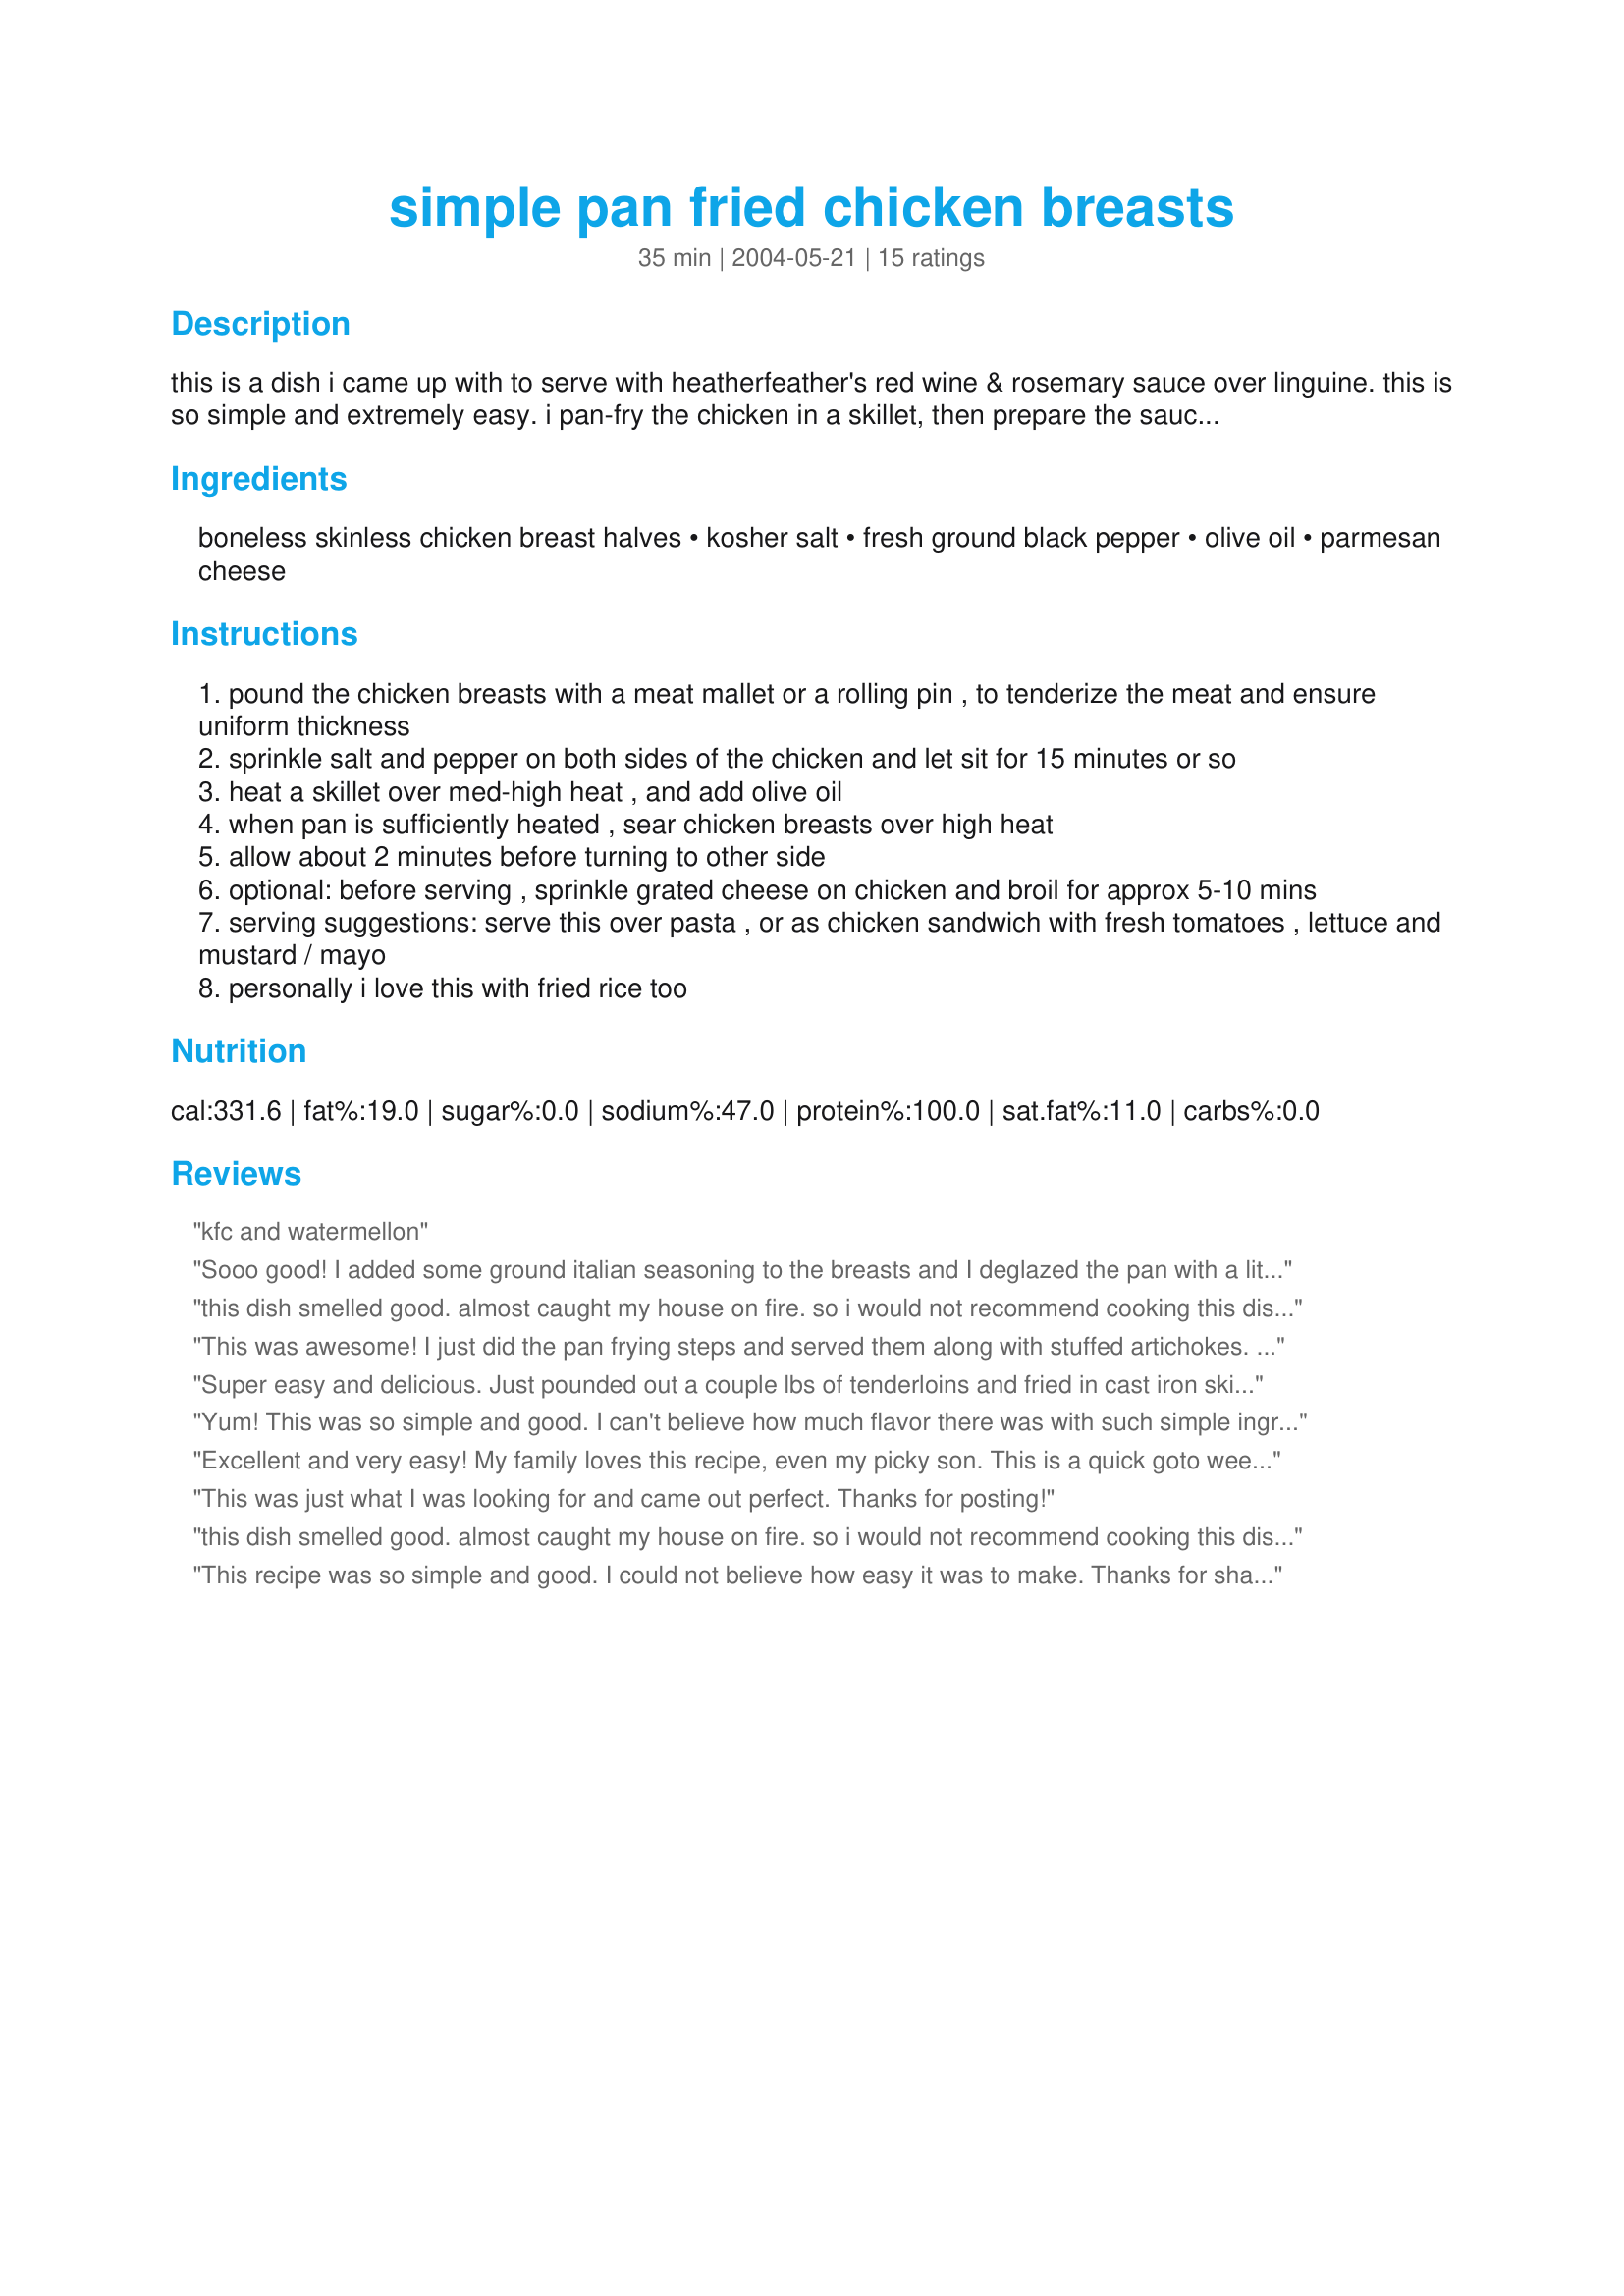
simple pan fried chicken breasts
Preparation time: 35 minutes

this is a dish i came up with to serve with heatherfeather's red wine & rosemary sauce over linguine. this is so simple and extremely easy. i pan-fry the chicken in a skillet, then prepare the sauce in the same skillet. you might get some blackened 'stuff' in the pasta sauce - i strain it first before serving.

Ingredients:
boneless skinless chicken breast halves, kosher salt, fresh ground black pepper, olive oil, parmesan cheese

Steps:
pound the chicken breasts with a meat mallet or a rolling pin , to tenderize the meat and ensure uniform thickness
sprinkle salt and pepper on both sides of the chicken and let sit for 15 minutes or so
heat a skillet over med-high heat , and add olive oil
when pan is sufficiently heated , sear chicken breasts over high heat
allow about 2 minutes before turning to other side
optional: before serving , sprinkle grated cheese on chicken and broil for approx 5-10 mins
serving suggestions: serve this over pasta , or as chicken sandwich with fresh tomatoes , lettuce and mustard / mayo
personally i love this with fried rice too

Reviews:
kfc and watermellon
Sooo good! I added some ground italian seasoning to the breasts and I deglazed the pan with a little water, garlic, and dijon mustard which made the perfect sauce for the chicken and broccoli I served along side with a nice helping of mashed potatoes! A very delicious dinner that I will definitely make again! Thank you:)
this dish smelled good. almost caught my house on fire. so i would not recommend cooking this dish unless you would want your house to be burned down to flames????????????
This was awesome! I just did the pan frying steps and served them along with stuffed artichokes. I love things that are so easy yet taste so good! Thanks!
Super easy and delicious. Just pounded out a couple lbs of tenderloins and fried in cast iron skittle. Then sprinkled some Parmesan cheese on top and placed entire pan under broiler for five minutes. Served w bake asparagus and quinoa. Yum. I lied to my girlfriend and told her the recipe was super complicated to earn some extra brownie points :-/
Yum! This was so simple and good. I can't believe how much flavor there was with such simple ingredients. Thanks WaterMelon for a nice keeper. Made for Zaar Chef Alphabet Soup Tag.
Excellent and very easy! My family loves this recipe, even my picky son. This is a quick goto weeknight recipe
This was just what I was looking for and came out perfect. Thanks for posting!
this dish smelled good. almost caught my house on fire. so i would not recommend cooking this dish unless you would want your house to be burned down to flames????????????
This recipe was so simple and good. I could not believe how easy it was to make. Thanks for sharing!
5 stars because it is so simple and tasty! Served with Roasted Ratatouille (#75508) and went very well together!
This is one of our very favorite ways to enjoy chicken breasts. After I remove the breasts from the pan I throw about 1/4 - 1/3 cup of water in the hot pan (sometimes I use stock if I have some open) and deglaze and reduce. I don't even bother to strain the sauce. YUM
Excellent! I needed a simple starter recipe for a quick chicken dinner that required few ingredients. I brined the chicken breasts before pan-frying them. I didn't make any changes to the recipe. The flavor was perfect. Thanks for sharing this!
This turned out great! I'm not in the habit of pounding my chicken breasts, but that prevented those over-cooked dry ends. I didn't follow the measurements exactly, because I had giant Costco chicken breasts, but I did kind of overdo the salt. Kosher salt is not as salty as table salt, so I was thankful for that. I'll be pounding my chicken breasts from here on out.
Needs to cook for 3 to 4 minutes per side. Not just two.
